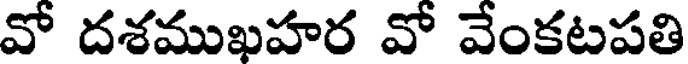
వో దశముఖహర వో వేంకటపతి